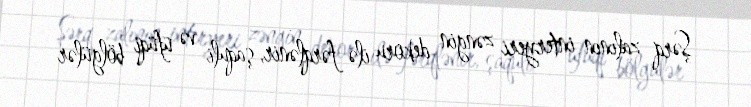
Şərq zalının interyeri zəngin dekoru ilə fərqlənir, şaquli və üfüqi bölgülər